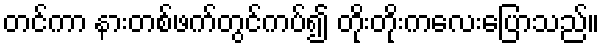
တင်ကာ နားတစ်ဖက်တွင်ကပ်၍ တိုးတိုးကလေးပြောသည်။